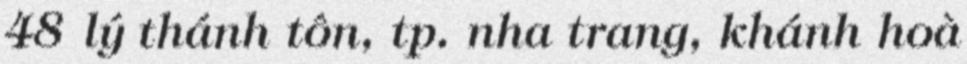
48 lý thánh tôn, tp. nha trang, khánh hoà